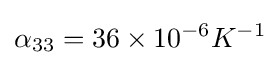
\alpha _{33}=36\times 10^{-6}K^{-1}